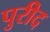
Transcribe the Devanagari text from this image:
पुरीद